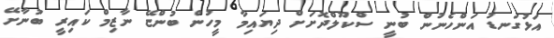
އަޅުގަނޑު އަންހެނުން ބުނީ ސްކޫލްދޮށަށް ދިޔައިމާ މީހުން ބުންޏޭ ނާޒިމް ކައިރީ ބުނާށޭ